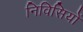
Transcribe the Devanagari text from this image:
निविसियों